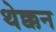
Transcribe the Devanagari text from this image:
थेक्कन